Scientific memoirs by medical officers of the Army of India - Part X,
Year: 1897
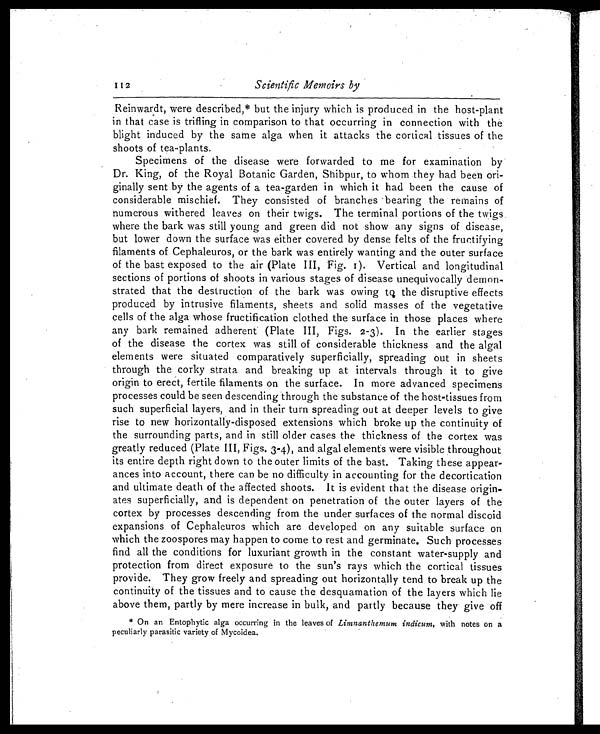
112
Scientific Memoirs by
Reinwardt, were described,* but the injury which is produced in the host-plant
in that case is trifling in comparison to that occurring in connection with the
blight induced by the same alga when it attacks the cortical tissues of the
shoots of tea-plants.
Specimens of the disease were forwarded to me for examination by
Dr. King, of the Royal Botanic Garden, Shibpur, to whom they had been ori
-
ginally sent by the agents of a tea-garden in which it had been the cause of
considerable mischief. They consisted of branches bearing the remains of
numerous withered leaves on their twigs. The terminal portions of the twigs
where the bark was still young and green did not show any signs of disease,
but lower down the surface was either covered by dense felts of the fructifying
filaments of Cephaleuros, or the bark was entirely wanting and the outer surface
of the bast exposed to the air (Plate III, Fig. 1). Vertical and longitudinal
sections of portions of shoots in various stages of disease unequivocally demon
-
strated that the destruction of the bark was owing to the disruptive effects
produced by intrusive filaments, sheets and solid masses of the vegetative
cells of the alga whose fructification clothed the surface in those places where
any bark remained adherent (Plate III, Figs. 2-3). In the earlier stages
of the disease the cortex was still of considerable thickness and the algal
elements were situated comparatively superficially, spreading out in sheets
through the corky strata and breaking up at intervals through it to give
origin to erect, fertile filaments on the surface. In more advanced specimens
processes could be seen descending through the substance of the host-tissues from
such superficial layers, and in their turn spreading out at deeper levels to give
rise to new horizontally-disposed extensions which broke up the continuity of
the surrounding parts, and in still older cases the thickness of the cortex was
greatly reduced (Plate III, Figs. 3-4), and algal elements were visible throughout
its entire depth right down to the outer limits of the bast. Taking these appear
-
ances into account, there can be no difficulty in accounting for the decortication
and ultimate death of the affected shoots. It is evident that the disease origin
-
ates superficially, and is dependent on penetration of the outer layers of the
cortex by processes descending from the under surfaces of the normal discoid
expansions of Cephaleuros which are developed on any suitable surface on
which the zoospores may happen to come to rest and germinate. Such processes
find all the conditions for luxuriant growth in the constant water-supply and
protection from direct exposure to the sun's rays which the cortical tissues
provide. They grow freely and spreading out horizontally tend to break up the
continuity of the tissues and to cause the desquaniation of the layers which lie
above them, partly by mere increase in bulk, and partly because they give off
* On an Entophytic alga occurring in the leaves of Limnanthemum indicum, with notes on a
peculiarly parasitic variety of Mycoidea.